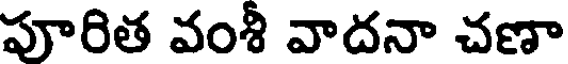
పూరిత వంశీ వాదనా చణా